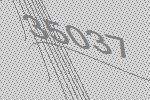
35037